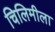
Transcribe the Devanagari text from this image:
चिलिमीला